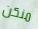
منكن